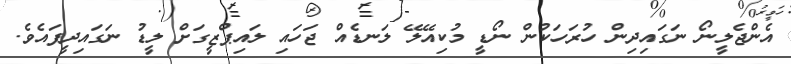
އެންޖެލީނޯ ނަގައިދިން ހުރަހަކުން ނޯޑީ މުކިއޭލޭ ލަނޑެއް ޖަހައި ލައިޕްޒީގަށް ލީޑު ނަގައިދީފައެވެ.